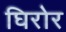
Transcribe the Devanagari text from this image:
घिरोर